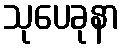
သုပေခုနာ